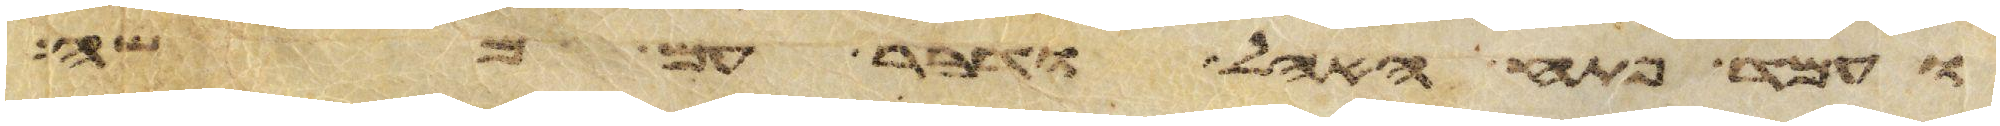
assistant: ועמד פתח האהל ודבר עם משה